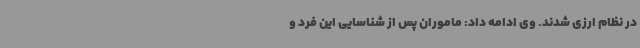
در نظام ارزی شدند. وی ادامه داد: ماموران پس از شناسایی این فرد و